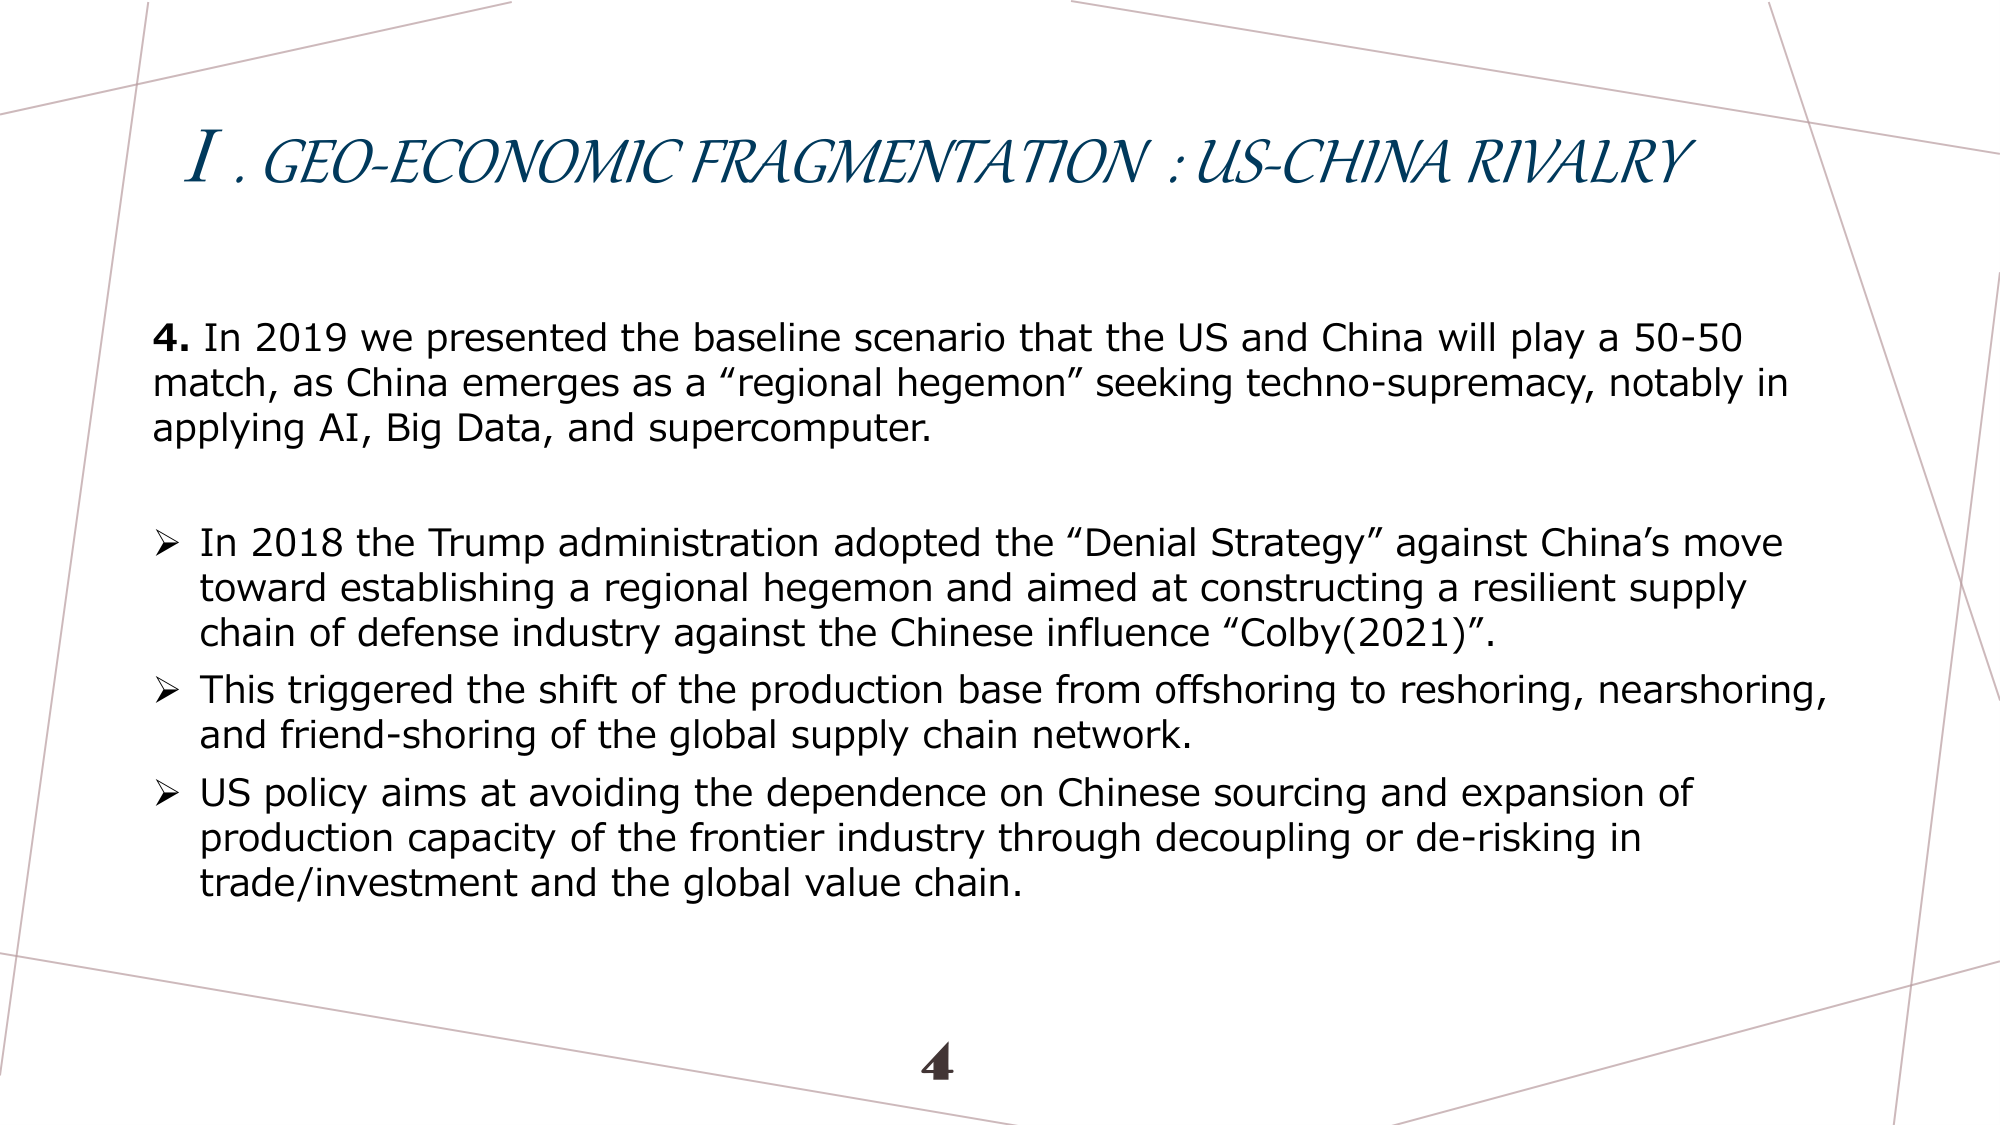
I. GEO-ECONOMIC FRAGMENTATION : US-CHINA RIVALRY

4. In 2019 we presented the baseline scenario that the US and China will play a 50-50 match, as China emerges as a “regional hegemon” seeking techno-supremacy, notably in applying AI, Big Data, and supercomputer.

➤ In 2018 the Trump administration adopted the “Denial Strategy” against China’s move toward establishing a regional hegemon and aimed at constructing a resilient supply chain of defense industry against the Chinese influence “Colby(2021)”.

➤ This triggered the shift of the production base from offshoring to reshoring, nearshoring, and friend-shoring of the global supply chain network.

➤ US policy aims at avoiding the dependence on Chinese sourcing and expansion of production capacity of the frontier industry through decoupling or de-risking in trade/investment and the global value chain.

4